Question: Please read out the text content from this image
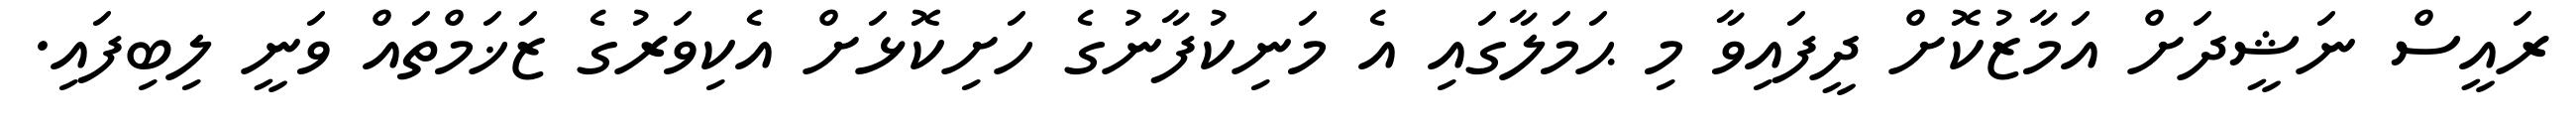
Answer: ރައީސް ނަޝީދަށް އަމާޒުކޮށް ދީފައިވާ މި ޙަމަލާގައި އެ މަނިކުފާނުގެ ހަށިކޮޅަށް އެކިވަރުގެ ޒަޚަމްތައް ވަނީ ލިބިފައި.